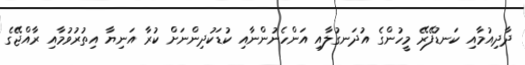
ދާދިއުމާއި ކަނޑުފޭރޭ މީހުންގެ އުދަނގުލާއި އަންހެނުންނާއި ކުޑަކުދިންނަށް ކުރާ އަނިޔާ އިތުރުވުމާއި ރާއްޖޭގެ